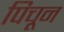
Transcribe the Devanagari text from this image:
पिचून